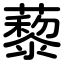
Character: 藜